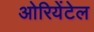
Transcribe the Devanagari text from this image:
ओरियेंटेल